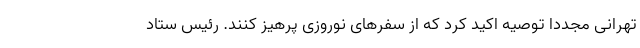
تهرانی مجددا توصیه اکید کرد که از سفرهای نوروزی پرهیز کنند. رئیس ستاد